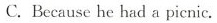
C.Because be had a picnic.